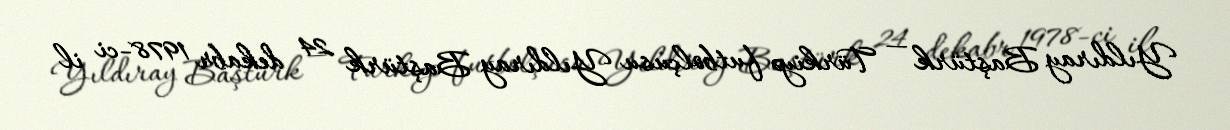
Yıldıray Baştürk — Türkiyə futbolçusu Yıldıray Baştürk 24 dekabr 1978-ci il